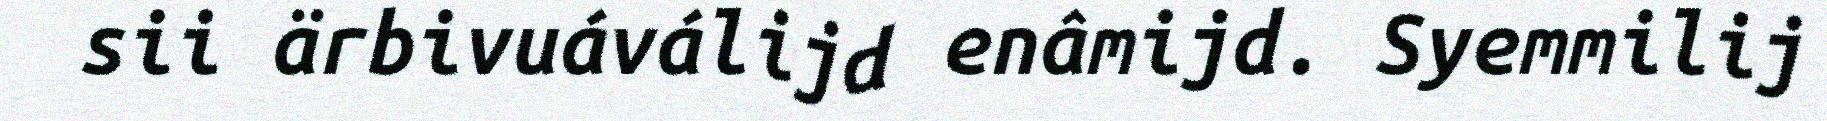
sii ärbivuáválijd enâmijd. Syemmilij